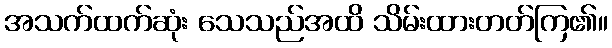
အသက်ထက်ဆုံး သေသည်အထိ သိမ်းထားတတ်ကြ၏။